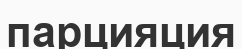
парцияция